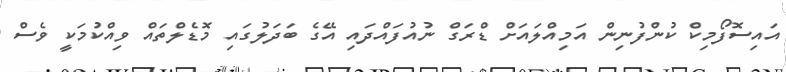
އައިސޮފޯމިކް ކުންފުނިން އަމިއްލައަށް ޑްރަގް ނުއުފައްދައި އޭގެ ބަދަލުގައި މޮޑެލްތައް ވިއްކުމަކީ ވެސް